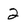
Character: 2